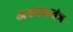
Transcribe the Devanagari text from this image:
अश्मकतंत्र